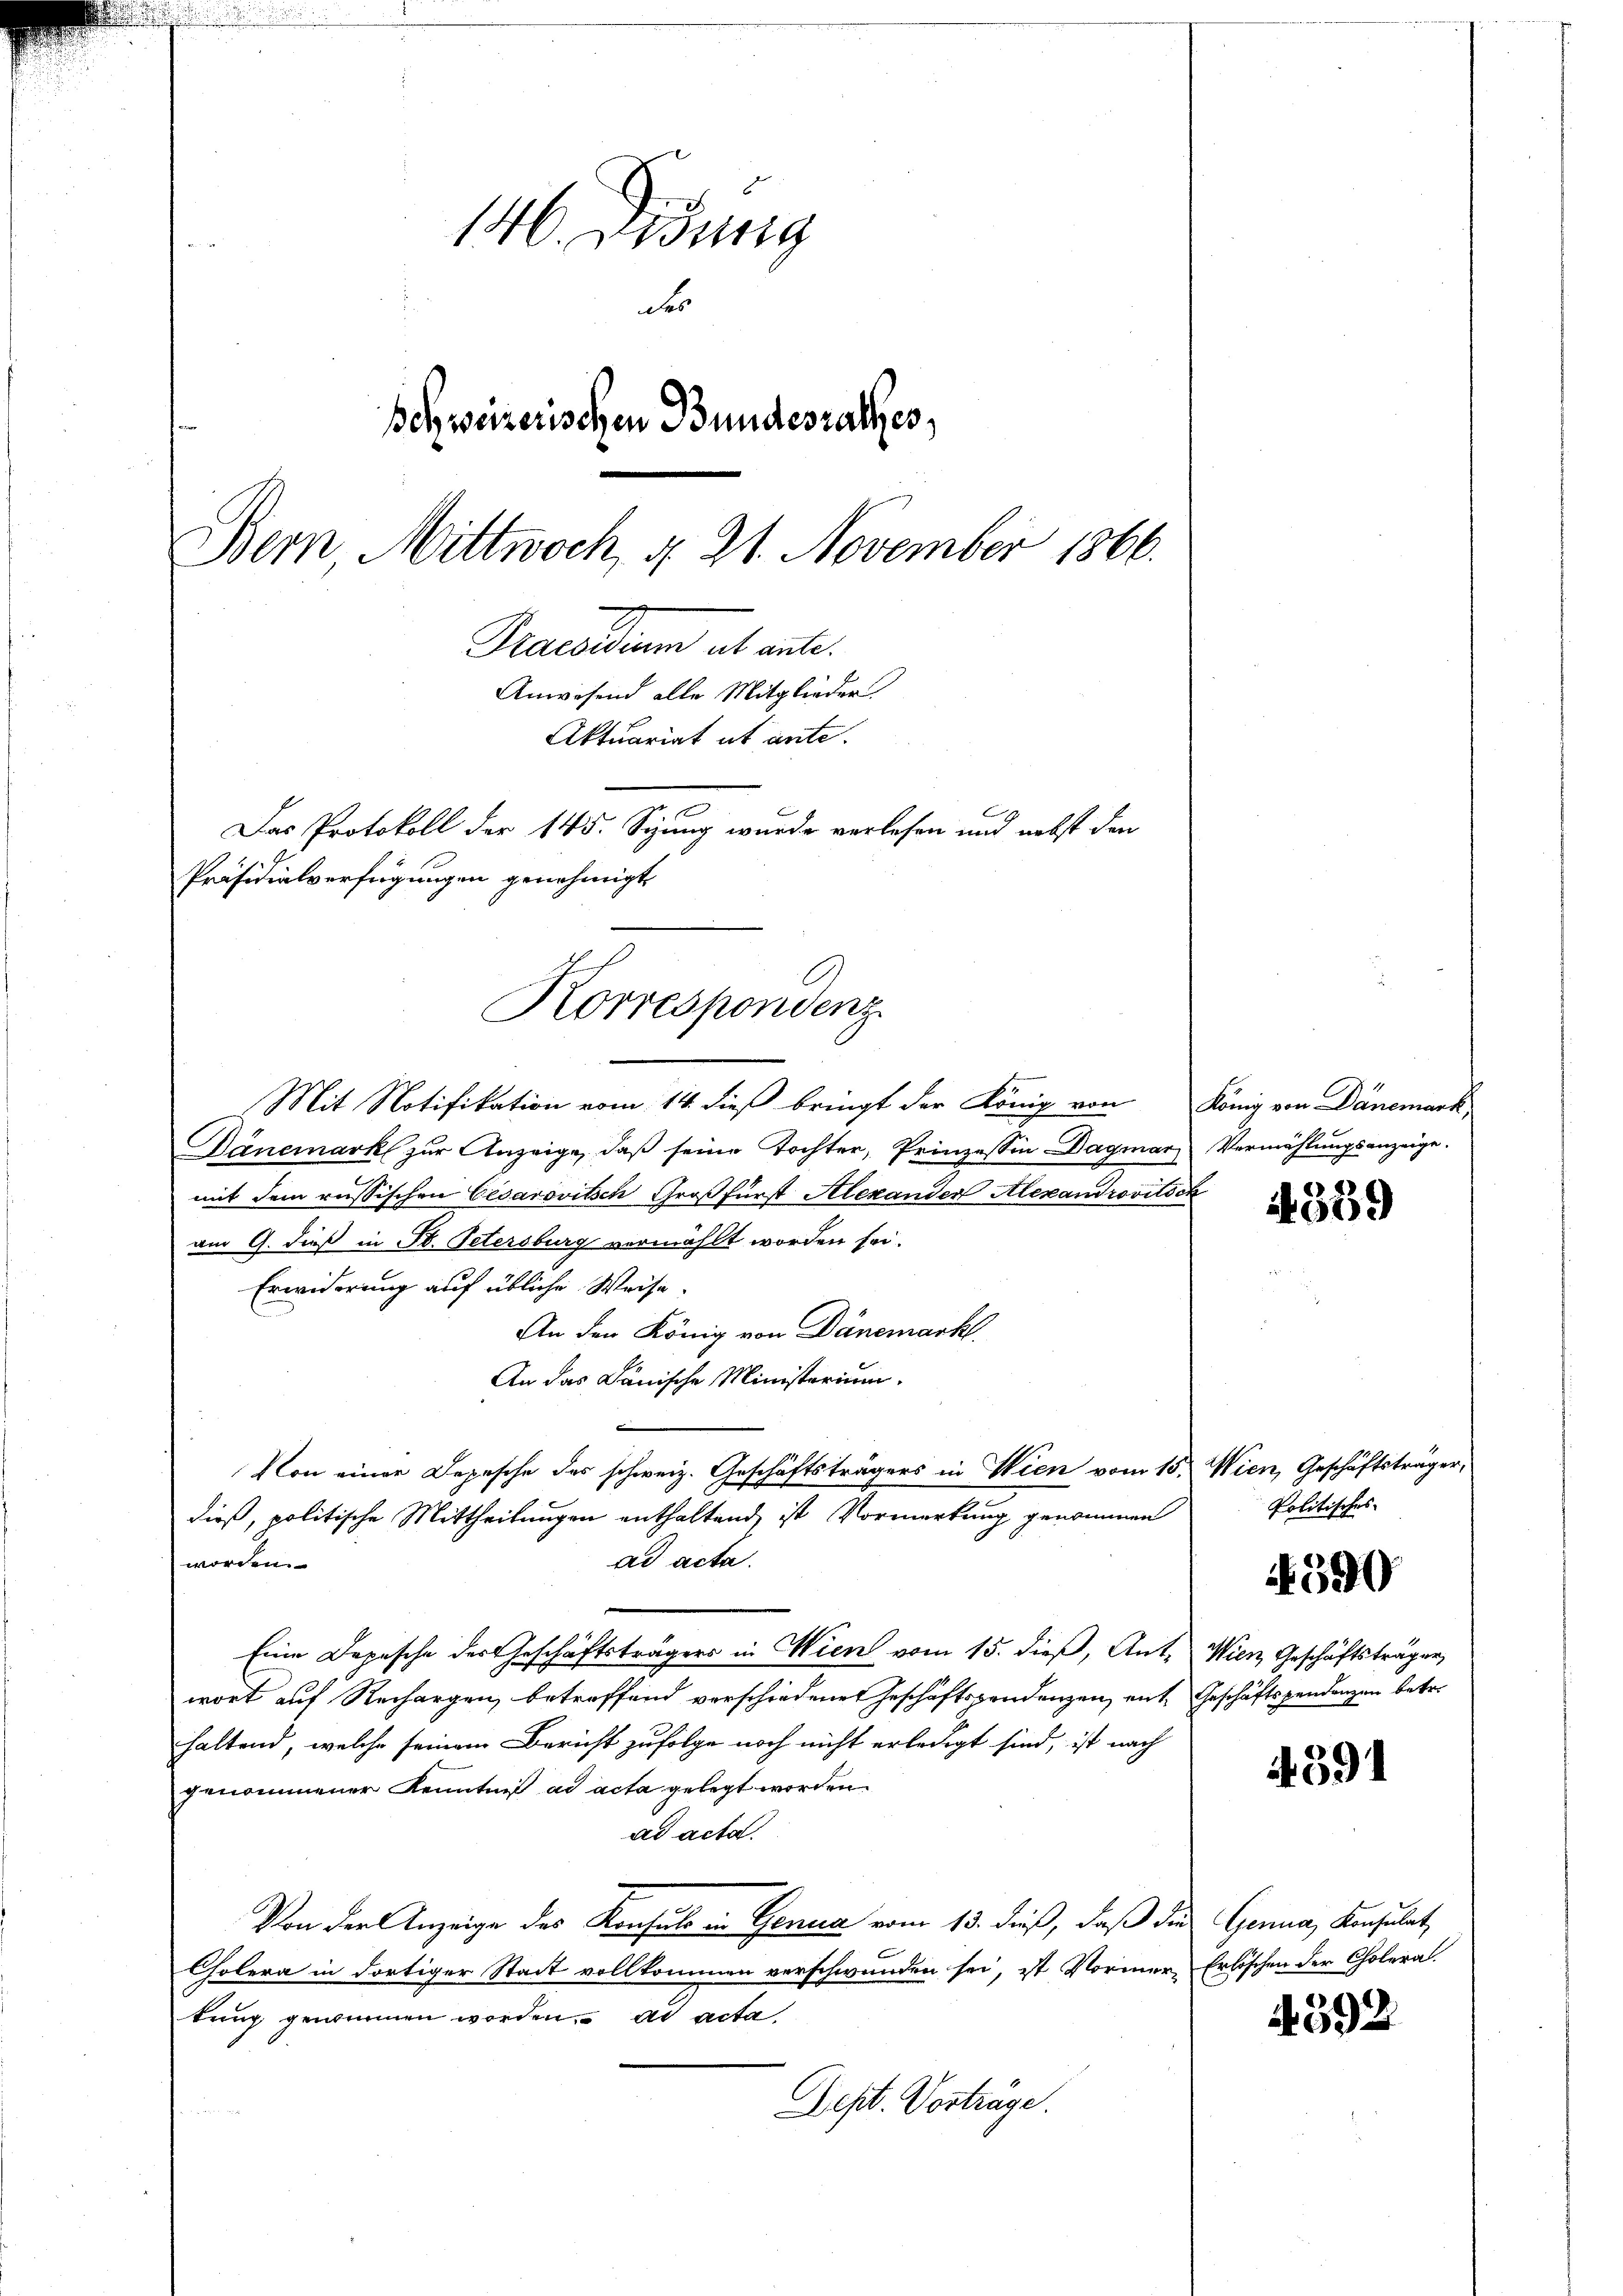
146. Disung
des
Behweizerischen Bundesrathes,
Bern, Mittwoch, d. 21. November 1866.
Praesidium ab ante.
Anwesend alle Mitglieder
Aktuariat ut ante.
Das Protokoll der 145. Sizung wurde verlesen und nebst den
Präsidialverfügungen genehmigt,

Korrespondenz

Mit Notifikation vom 14. dieß bringt der König von König von Dänemark
Dänemark zur Anzeige, daβ seine Tochter, Prinzessin-Dagmar Vermählŭngsanzeige.
mit dem russischen Cesarovitsch Großfürst Alexander Alexandrovitsch
am 9. dieß in St. Petersburg vermählt worden sei.
Erwiderung auf übliche Weise.
An den König von Dänemarkt.
An das Dänische Ministerium.
Von einer Depesche des schweiz. Geschäftsträgers in Wien vom 15. Wien, Geschäftsträger,
dieß, politische Mittheilungen enthaltend, ist Vormerkung genommen
ad acta.
worden.
Eine Depesche der Geschäftsträgers in Wien vom 15. dieβ, Ant. Wien Geschäftsträger
wort auf Rechargen betreffend verschiedenen Geschäftspendenzen, mit Geschäftspendanzen betre
haltend, welche seinem Bericht zufolge noch nicht erledigt sind, ist nach
genommener Kenntniß ad acta gelegt worden.
ad acta.
Von der Anzeige des Konsul in Genua vom 13. dieß, daß die Genua, Konsulat
Cholera in dortiger Stadt vollkommen verschwunden sei, ist Vormer Erlöschen der Choleratung gewinnen worden. ad acta,
Sept. Vorträge.

4359

Politisches

590

4591

4392